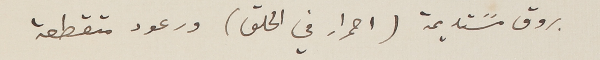
بروق مسًتديمة (احمرار في الحلق) ورعود متقطعة